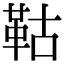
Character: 𩊉